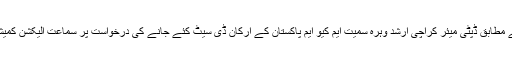
تفصیلات کے مطابق ڈپٹی میئر کراچی ارشد وہرہ سمیت ایم کیو ایم پاکستان کے ارکان ڈی سیٹ کئے جانے کی درخواست پر سماعت الیکشن کمیشن میں ہوئی۔